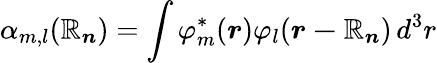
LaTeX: \alpha_{m,l}({\boldsymbol{\mathbb{R}_{n}}})=\int\varphi_{m}^{*}({\boldsymbol{r}})\varphi_{l}({\boldsymbol{r-\mathbb{R}_{n}}})\, d^{3}r